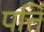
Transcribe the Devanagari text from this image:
पत्तिं